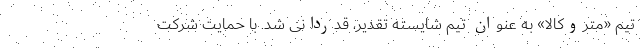
تیم «متروکالا» به عنوان تیم شایسته تقدیر، قدردانی شد. با حمایت شرکت